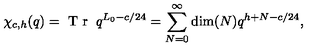
\chi _ { c , h } ( q ) = \textrm { T r } \: q ^ { L _ { 0 } - c / 2 4 } = \sum _ { N = 0 } ^ { \infty } \dim ( N ) q ^ { h + N - c / 2 4 } ,